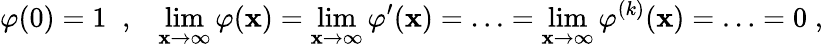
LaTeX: \varphi(0)=1\; \; ,\; \; \; \operatorname*{lim}_{\mathbf{x}\to\infty}\varphi(\mathbf{x})=\operatorname*{lim}_{\mathbf{x}\to\infty}\varphi^{\prime}(\mathbf{x})=\ldots=\operatorname*{lim}_{\mathbf{x}\to\infty}\varphi^{(k)}(\mathbf{x})=\ldots=0\; ,